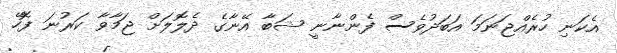
އެކަނި ހުރެއްޖަނަމަ އަބަދުވެސް ފެންނާނީ ޝަބާ އޭނާގެ ދެލޮލަށް ޖަމާވާ ކަރުނަ ފޮހޭ